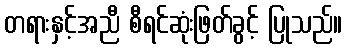
တရားနှင့်အညီ စီရင်ဆုံးဖြတ်ခွင့် ပြုသည်။